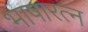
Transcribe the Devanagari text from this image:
भाषारत्न